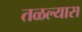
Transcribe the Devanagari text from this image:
तळल्यास